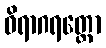
ဝိရာဂရတ္တော